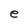
Character: e